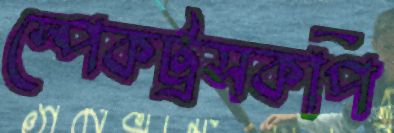
স্পেকট্রসকপি